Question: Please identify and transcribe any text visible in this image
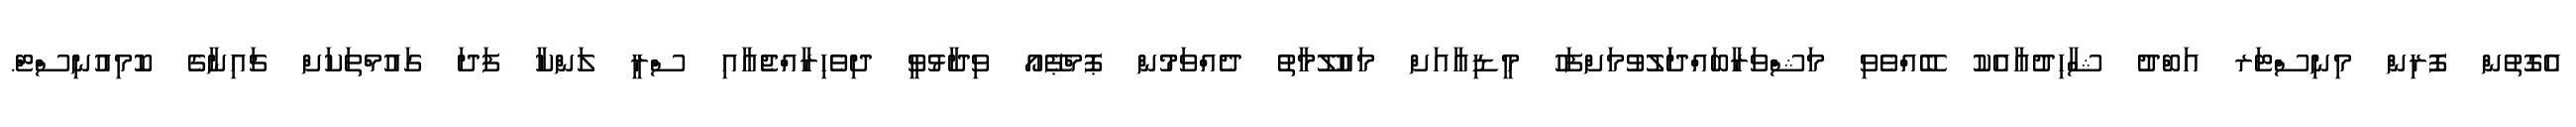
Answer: އެގޮތުން ފޮރިން މިނިސްޓަރ އަބްދު ޝާހިދުއާއެކު ބޭއްވެވި މަޝްވަރާބައްދަލުވުމަށްފަހު މީޑިއާއަށް މައުލޫމާތު ދެއްވަމުން ޕޮމްޕޭއޯ ވިދާޅުވީ ދިވެހިރާއްޖެއާއި ސްރީ ލަންކާ ފަދަ ގައުމްތަކަށް ޗައިނާގެ ކޮމިއުނިސްޓް.